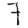
Digit: 7